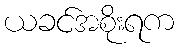
ယခင်အစိုးရက